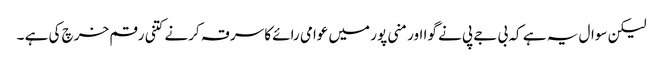
لیکن سوال یہ ہے کہ بی جے پی نے گوا اور منی پور میں عوامی رائے کا سرقہ کرنے کتنی رقم خرچ کی ہے ۔